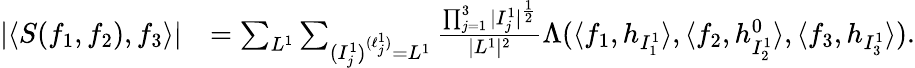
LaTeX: \begin{array}{rl}{|\langle S(f_{1},f_{2}),f_{3}\rangle|}&{=\sum_{L^{1}}\sum_{(I_{j}^{1})^{(\ell_{j}^{1})}=L^{1}}\frac{\prod_{j=1}^{3}|I_{j}^{1}|^{\frac 12}}{|L^{1}|^{2}}\Lambda(\langle f_{1},h_{I_{1}^{1}}\rangle,\langle f_{2},h_{I_{2}^{1}}^{0}\rangle,\langle f_{3},h_{I_{3}^{1}}\rangle).}\end{array}